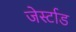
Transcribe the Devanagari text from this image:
जेर्स्टाड